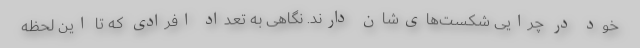
خود در چرایی شکست‌های‌شان دارند. نگاهی به تعداد افرادی که تا این لحظه